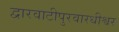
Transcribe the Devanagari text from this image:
द्वारवाटीपुरवारधीश्वर